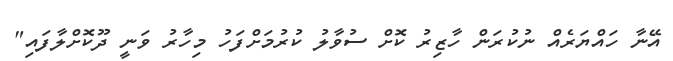
އޭނާ ހައްޔަރެއް ނުކުރަން ހާޒިރު ކޮށް ސުވާލު ކުރުމަށްފަހު މިހާރު ވަނީ ދޫކޮށްލާފައި"